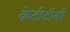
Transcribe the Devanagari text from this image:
केटीटीवी